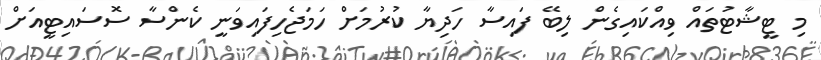
މި ޓީޝާޓުތައް ވިއްކައިގެން ލިބޭ ފައިސާ ހަދިޔާ ކުރުމަށް ހަމަޖެހިފައިވަނީ ކެންސާ ސޮސައިޓީއަށް